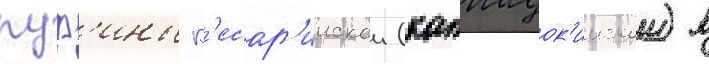
руф'ины к'есар'иискои (каппадок'иискои) в